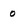
Character: 0